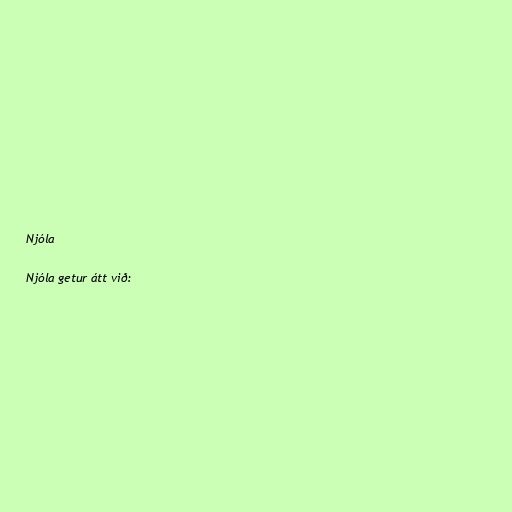
Njóla

Njóla getur átt við: